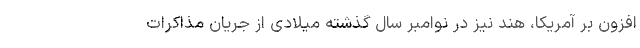
افزون بر آمریکا، هند نیز در نوامبر سال گذشته میلادی از جریان مذاکرات